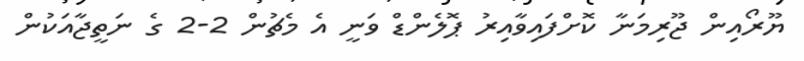
ޔޫރޯއިން ޖޫރިމަނާ ކޮށްފައިވާއިރު ޕޮލެންޑް ވަނީ އެ މެޗުން 2-2 ގެ ނަތީޖާއަކުން